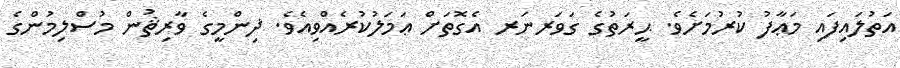
އަތުލައިފައި މަޢާފު ކުރުމަށެވެ. ޙީރަތުގެ ގަވަރނަރ އެގޮތަށް ޢަމަލުކުރެއްވިއެވެ. ޛިންމީގެ ވާރިޘުން މުސްލިމުންގެ